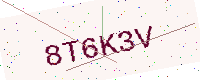
Text: 8T6K3V